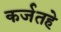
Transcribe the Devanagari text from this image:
कर्जतहे